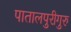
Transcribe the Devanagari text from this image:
पातालपुरीगुरु